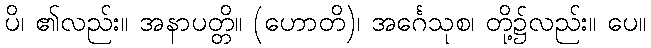
ပိ၊ ၏လည်း။ အနာပတ္တိ။ (ဟောတိ)၊ အင်္ဂေသုစ၊ တို့၌လည်း။ ပေ။